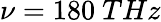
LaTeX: \nu=180~THz